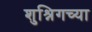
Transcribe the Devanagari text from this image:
शुश्निगच्या